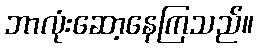
ဘာလုံးဆော့နေကြသည်။